Vaccination in Bombay 1869-1873 - 1869-1873
Year: 1869
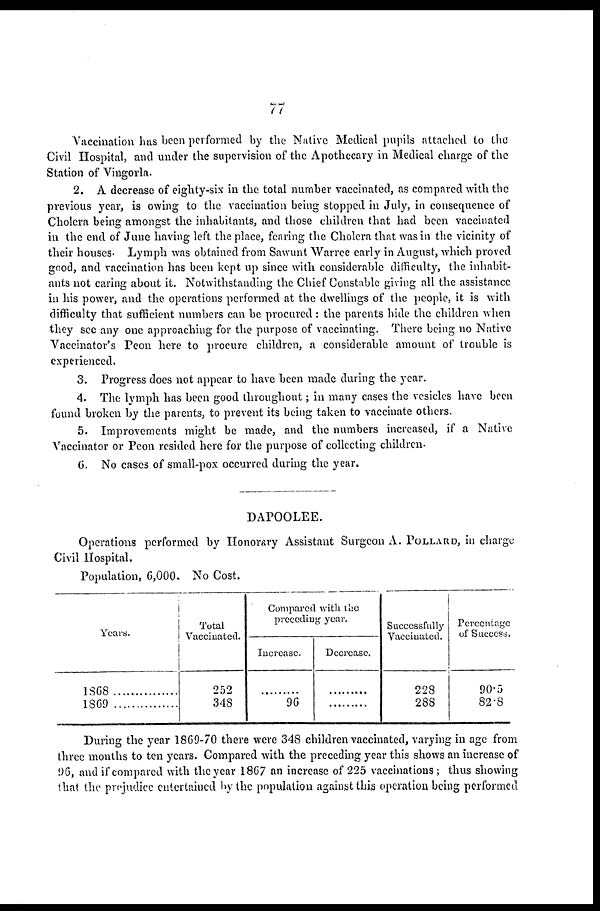
77
Vaccination has been performed by the Native Medical pupils attached to the
Civil Hospital, and under the supervision of the Apothecary in Medical charge of the
Station of Vingorla.
2. A decrease of eighty-six in the total number vaccinated, as compared with the
previous year, is owing to the vaccination being stopped in July, in consecquence of
Cholera being amongst the inhabitants, and those children that had been vaccinated
in the end of June having left the place, fearing the Cholera that was in the vicinity of
their houses. Lymph was obtained from Sawunt Warree early in August, which proved
good, and vaccination has been kept up since with considerable difficulty, the inhabit-
ants not caring about it. Notwithstanding the Chief Constable giving all the assistance
in his power, and the operations performed at the dwellings of the people, it is with
difficulty that sufficient numbers can be procured : the parents hide the children when
they see any one approaching for the purpose of vaccinating. There being no Native
Vaccinator's Peon here to procure children, a considerable amount of trouble is
experienced.
3. Progress does not appear to have been made during the year.
4. The lymph has been good throughout; in many cases the vesicles have been
found broken by the parents, to prevent its being taken to vaccinate others.
5. Improvements might be made, and the numbers increased, if a Native
Vaccinator or Peon resided here for the purpose of collecting children.
6. No cases of small-pox occurred during the year.
DAPOOLEE.
Operations performed by Honorary Assistant Surgeon A. POLLARD in charge
Civil Hospital.
Population, 6,000. No Cost.
Years.
1868...............
1869............
Total
Vaccinated.
252
348
Compared with the
preceding year.
Increase.
.........
96
Decrease.
.........
.........
Successfully
Vaccinated.
228
288
Percentage
of Success.
90.5
82.8
During the year 1869-70 there were 348 children vaccinated, varying in age from
three months to ten years. Compared with the preceding year this shows an increase of
96, and if compared with the year 1867 an increase of 225 vaccinations; thus showing
that the prejudice entertained by the population against this operation being performed